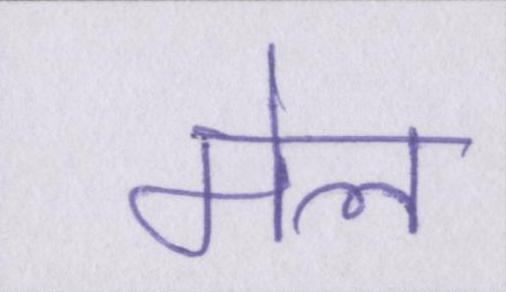
मेल